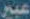
عبير